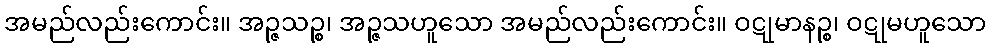
အမည်လည်းကောင်း။ အဉ္ဇသဉ္စ၊ အဉ္ဇသဟူသော အမည်လည်းကောင်း။ ဝဋုမာနဉ္စ၊ ဝဋုမဟူသော